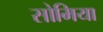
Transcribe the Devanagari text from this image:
सोमिया